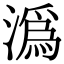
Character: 溈